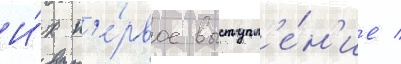
И́х п'е́рвое выступл'е́н'ие /